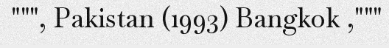
""", Pakistan (1993) Bangkok ,"""